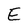
Character: E